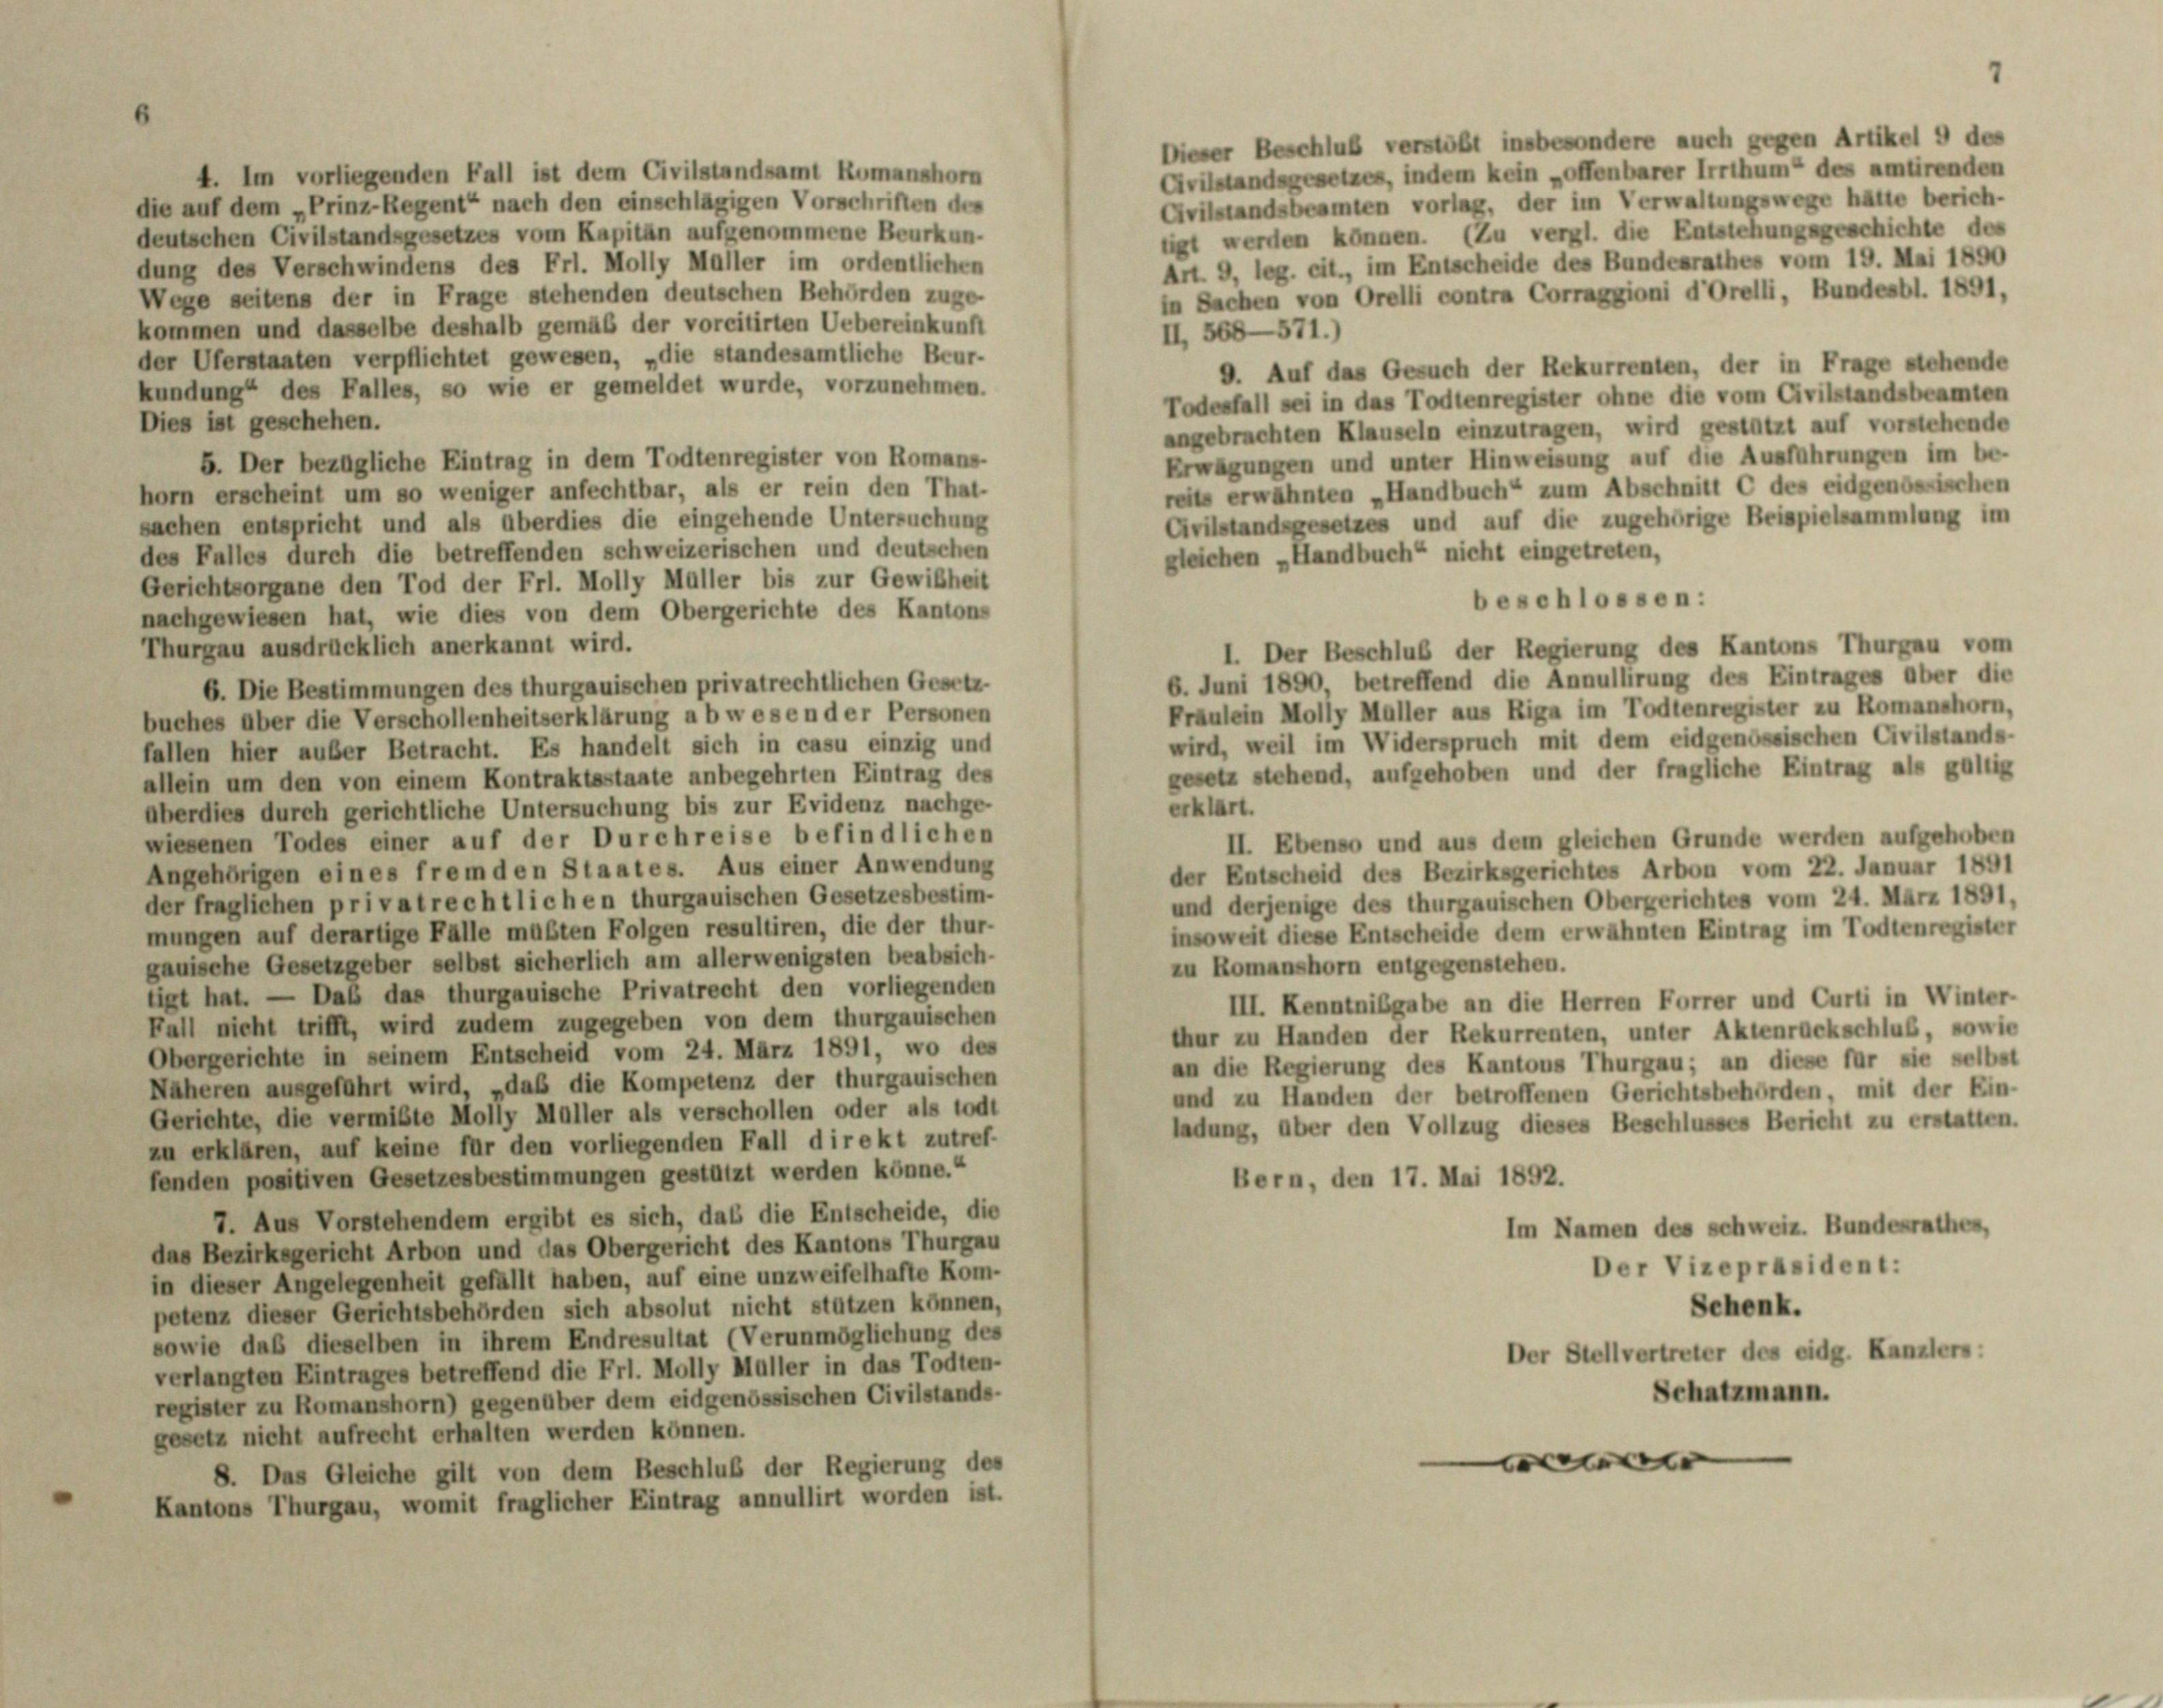
Dieser Beschluß verstölt insbesondere auch gegen Artikel 9 des
Gvilstandsgesetzes, indem kein „offenbarer Irrthum des amtirenden
4. Im vorliegenden Fall ist dem Civilstandsamt Romanshorn
Gvilstandsbeamten vorlag, der im Verwaltungswege hätte berich-
die auf dem „Prinz-Regent“ nach den einschlägigen Vorschriften des
ugt werden können. (Zu vergl. die Entstehungsgeschichte des
deutschen Civilstandsgesetzes vom Kapitan aufgenommene Beurkun-
Art. 9, leg. cit., im Entscheide des Bundesrathes vom 19. Mai 1890
dung des Verschwindens des Frl. Molly Maller im ordentlichen
in Sachen von Orelli contra Corraggioni d’Orelli, Bundesbl. 1891,
Wege seitens der in Frage stehenden deutschen Behörden zuge-
kommen und dasselbe deshalb gemäß der vorcitirten Uebereinkunft
II 568—571.)
der Uferstaaten verpflichtet gewesen, „die standesamtliche Beur-
9. Auf das Gesuch der Rekurrenten, der in Frage stehende
kundung des Falles, so wie er gemeldet wurde, vorzunehmen.
Todesfall sei in das Todtenregister ohne die vom Civilstandsbeamten
Dies ist geschehen.
angebrachten Klauseln einzutragen, wird gestützt auf vorstehende
Erwägungen und unter Hinweisung auf die Ausführungen im be-
6. Der bezügliche Eintrag in dem Todtenregister von Romans-
reits erwähnten „Handbuch“ zum Abschnitt C des eidgenössischen
horn erscheint um so weniger anfechtbar, als er rein den That-
Gvilstandsgesetzes und auf die zugehörige Beispielsammlung im
sachen entspricht und als überdies die eingehende Untersuchung
des Falles durch die betreffenden schweizerischen und deutschen
gleichen „Handbuch“ nicht eingetreten,
Gerichtsorgane den Tod der Frl. Molly Müller bis zur Gewißheit
beschlossen:
nachgewiesen hat, wie dies von dem Obergerichte des Kantons
Thurgau ausdrücklich anerkannt wird.
I. Der Beschluß der Regierung des Kantons Thurgau vom
6. Juni 1890, betreffend die Annullirung des Eintrages über die
6. Die Bestimmungen des thurgauischen privatrechtlichen Gesetz-
Fräulein Molly Maller aus Riga im Todtenregister zu Romanshorn,
buches über die Verschollenheitserklärung abwesen der Personen
wird, weil im Widerspruch mit dem eidgenössischen Civilstands-
fallen hier außer Betracht. Es handelt sich in casu einzig und
gesetz stehend, aufgehoben und der fragliche Eintrag als gültig
allein um den von einem Kontraktestaate anbegehrten Eintrag des
erklärt.
überdies durch gerichtliche Untersuchung bis zur Evidenz nachge-
wiesenen Todes einer auf der Durchreise befindlichen
II. Ebenso und aus dem gleichen Grunde werden aufgehoben
Angehörigen eines fremden Staates. Aus einer Anwendung
der Entscheid des Bezirksgerichtes Arbon vom 22. Januar 1891
der fraglichen privatrechtlichen thurgauischen Gesetzesbestim-
und derjenige des thurgauischen Obergerichtes vom 24. März 1891,
mungen auf derartige Fälle mußten Folgen resultiren, die der thur-
insoweit diese Entscheide dem erwähnten Eintrag im Todtenregister
gauische Gesetzgeber selbst sicherlich am allerwenigsten beabsich-
zu Romanshorn entgegenstehen.
tigt hat. — Das das thurgauische Privatrecht den vorliegenden
III. Kenntnißgabe an die Herren Forrer und Curti in Winter-
Fall nicht trifft, wird zudem zugegeben von dem thurgauischen
thur zu Handen der Rekurrenten, unter Aktenrückschluß, sowie
Obergerichte in seinem Entscheid vom 24. März 1891, wo des
an die Regierung des Kantons Thurgau; an diese für sie selbst
Näheren ausgeführt wird, „daß die Kompetenz der thurgauischen
und zu Handen der betroffenen Gerichtsbehörden, mit der Ein-
Gerichte, die vermißte Molly Müller als verschollen oder als todt
ladung, über den Vollzug dieses Beschlusses Bericht zu erstatten.
zu erklären, auf keine für den vorliegenden Fall direkt zutref-
fenden positiven Gesetzesbestimmungen gestützt werden könne.
Bern, den 17. Mai 1892.
7. Aus Vorstehendem ergibt es sich, daß die Entscheide, die
Im Namen des Schweiz. Bundesrathes,
das Bezirksgericht Arbon und das Obergericht des Kantons Thurgau
Der Vizepräsident:
in dieser Angelegenheit gefällt haben, auf eine unzweifelhafte Kom-
Schenk.
petenz dieser Gerichtsbehörden sich absolut nicht stützen können,
sowie daß dieselben in ihrem Endresultat (Verunmöglichung des
Der Stellvertreter des eidg. Kanzlers:
verlangten Eintrages betreffend die Frl. Molly Müller in das Todten-
Schatzmann.
register zu Romanshorn) gegenüber dem eidgenössischen Civilstands-
gesetz nicht aufrecht erhalten werden können.
|
8. Das Gleiche gilt von dem Beschluß der Regierung des
Kantons Thurgau, womit fraglicher Eintrag annullirt worden ist.